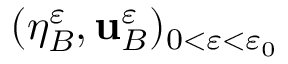
( \eta _ { B } ^ { \varepsilon } , \mathbf { u } _ { B } ^ { \varepsilon } ) _ { 0 < \varepsilon < \varepsilon _ { 0 } }